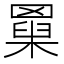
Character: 𦌆